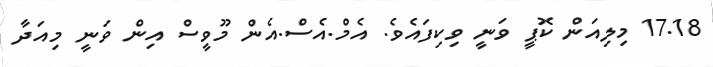
17.18 މިލިއަން ކޮޕީ ވަނީ ވިކިފައެވެ. އެމް.އެސް.އެން މޫވީސް އިން ވަނީ މިއަދާ